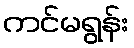
ကင်မရွန်း